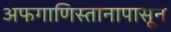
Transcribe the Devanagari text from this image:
अफगाणिस्तानापासून